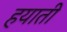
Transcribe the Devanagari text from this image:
हयाती